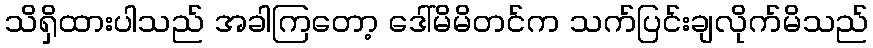
သိရှိထားပါသည် အခါကြတော့ ဒေါ်မိမိတင်က သက်ပြင်းချလိုက်မိသည်